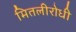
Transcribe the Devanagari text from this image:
मितलीरोधी